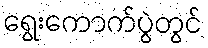
ရွေးကောက်ပွဲတွင်